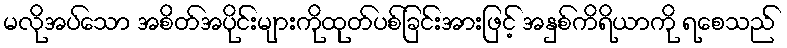
မလိုအပ်သော အစိတ်အပိုင်းများကိုထုတ်ပစ်ခြင်းအားဖြင့် အနှစ်ကိရိယာကို ရစေသည်